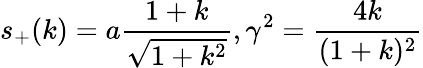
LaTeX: s_{+}(k)=a\frac{1+k}{\sqrt{1+k^{2}}},\gamma^{2}=\frac{4k}{(1+k)^{2}}